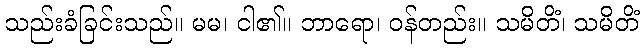
သည်းခံခြင်းသည်။ မမ၊ ငါ၏။ ဘာရော၊ ဝန်တည်း။ သမိတိံ၊ သမိတိံ